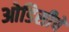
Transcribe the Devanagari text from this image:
ओडिसीचे